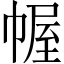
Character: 幄